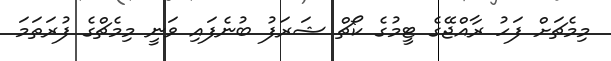
މިމެޗަށް ފަހު ރާއްޖޭގެ ޓީމުގެ ކޯޗް ޝަރަފު ބުނެފައި ވަނީ މިމެޗްގެ ފުރަތަމަ